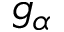
g _ { \alpha }